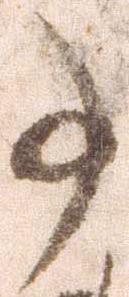
事